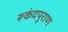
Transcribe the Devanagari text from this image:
रूकंदपुराण